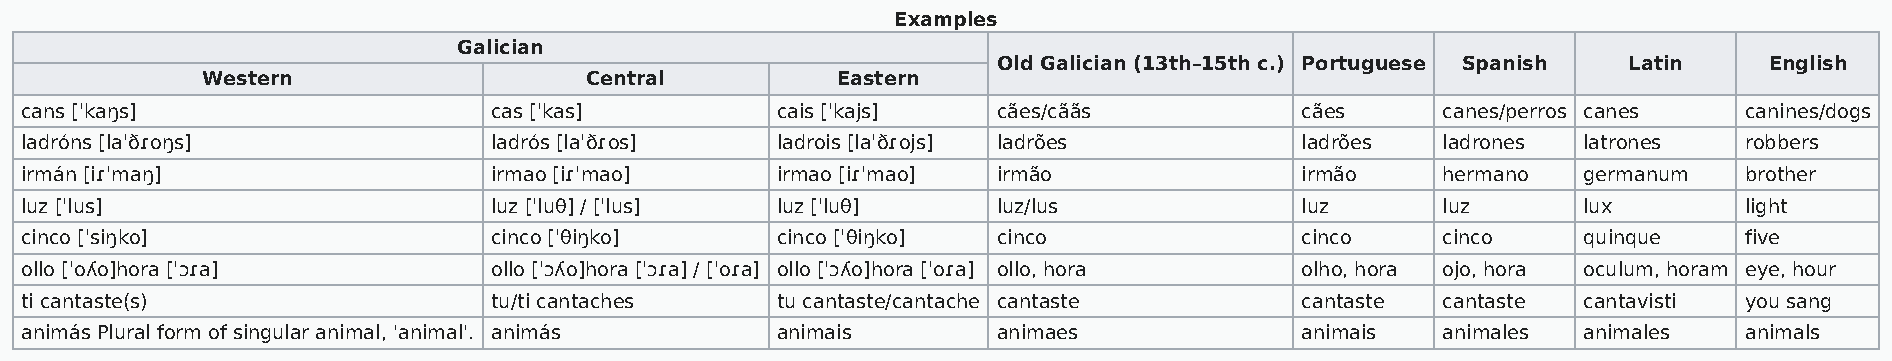
Examples
 Galician
 Old Galician (13th–15th c.) Portuguese Spanish Latin English
 Western                   Central         Eastern
 cans [ˈkaŋs]                   cas [ˈkas]         cais [ˈkajs]   cães/cããs           cães     canes/perros canes  canines/dogs
 ladróns [laˈðɾoŋs]             ladrós [laˈðɾos]   ladrois [laˈðɾojs] ladrões         ladrões  ladrones  latrones  robbers
 irmán [iɾˈmaŋ]                 irmao [iɾˈmao]     irmao [iɾˈmao] irmão               irmão    hermano   germanum  brother
 luz [ˈlus]                     luz [ˈluθ] / [ˈlus] luz [ˈluθ]    luz/lus             luz      luz       lux       light
 cinco [ˈsiŋko]                 cinco [ˈθiŋko]     cinco [ˈθiŋko] cinco               cinco    cinco     quinque   five
 ollo [ˈoʎo]hora [ˈɔɾa]         ollo [ˈɔʎo]hora [ˈɔɾa] / [ˈoɾa] ollo [ˈɔʎo]hora [ˈoɾa] ollo, hora olho, hora ojo, hora oculum, horam eye, hour
 ti cantaste(s)                 tu/ti cantaches    tu cantaste/cantache cantaste      cantaste cantaste  cantavisti you sang
 animás Plural form of singular animal, 'animal'. animás animais  animaes             animais  animales  animales  animals